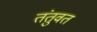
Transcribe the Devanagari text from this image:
तंतुवत